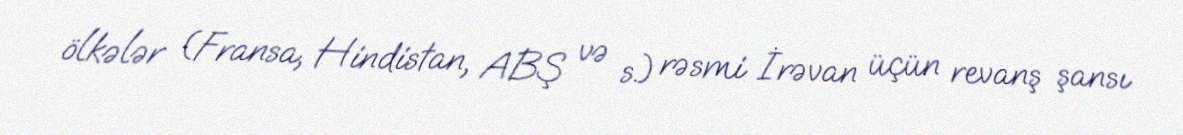
ölkələr (Fransa, Hindistan, ABŞ və s.) rəsmi İrəvan üçün revanş şansı